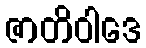
ဇာတိဝါဒေ